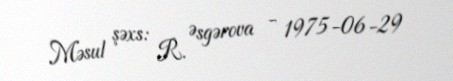
Məsul şəxs: R. Əsgərova - 1975-06-29